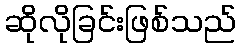
ဆိုလိုခြင်းဖြစ်သည်